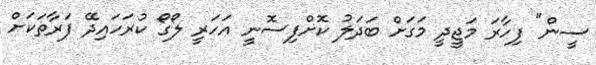
ސީން" ފިހާރަ މަޖީދީ މަގަށް ބަދަލު ކޮށްފިސޮނީ އަހަރީ ލޯގޯ ކުރަހައިދޭ ފަރާތަކަށް